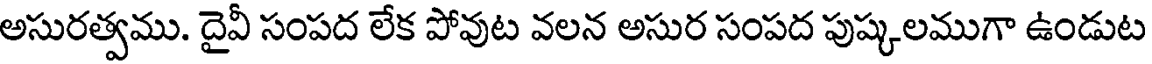
అసురత్వము. దైవీ సంపద లేక పోవుట వలన అసుర సంపద పుష్కలముగా ఉండుట